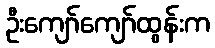
ဦးကျော်ကျော်ထွန်းက